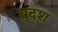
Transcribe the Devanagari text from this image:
युद्श